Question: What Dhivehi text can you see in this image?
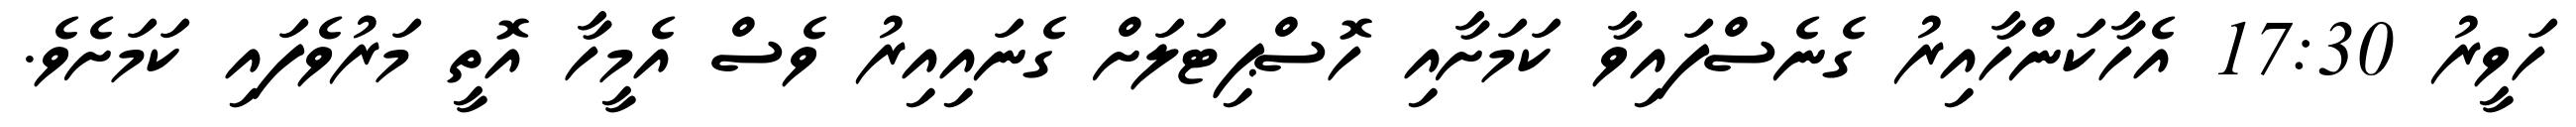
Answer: ހަވީރު 17:30 އެހާކަންހާއިރު ގެނެސްފައިވާ ކަމަށާއި ހޮސްޕިޓަލަށް ގެނައިއިރު ވެސް އެމީހާ އޮތީ މަރުވެފައި ކަމަށެވެ.